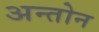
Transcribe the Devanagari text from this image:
अन्तोन